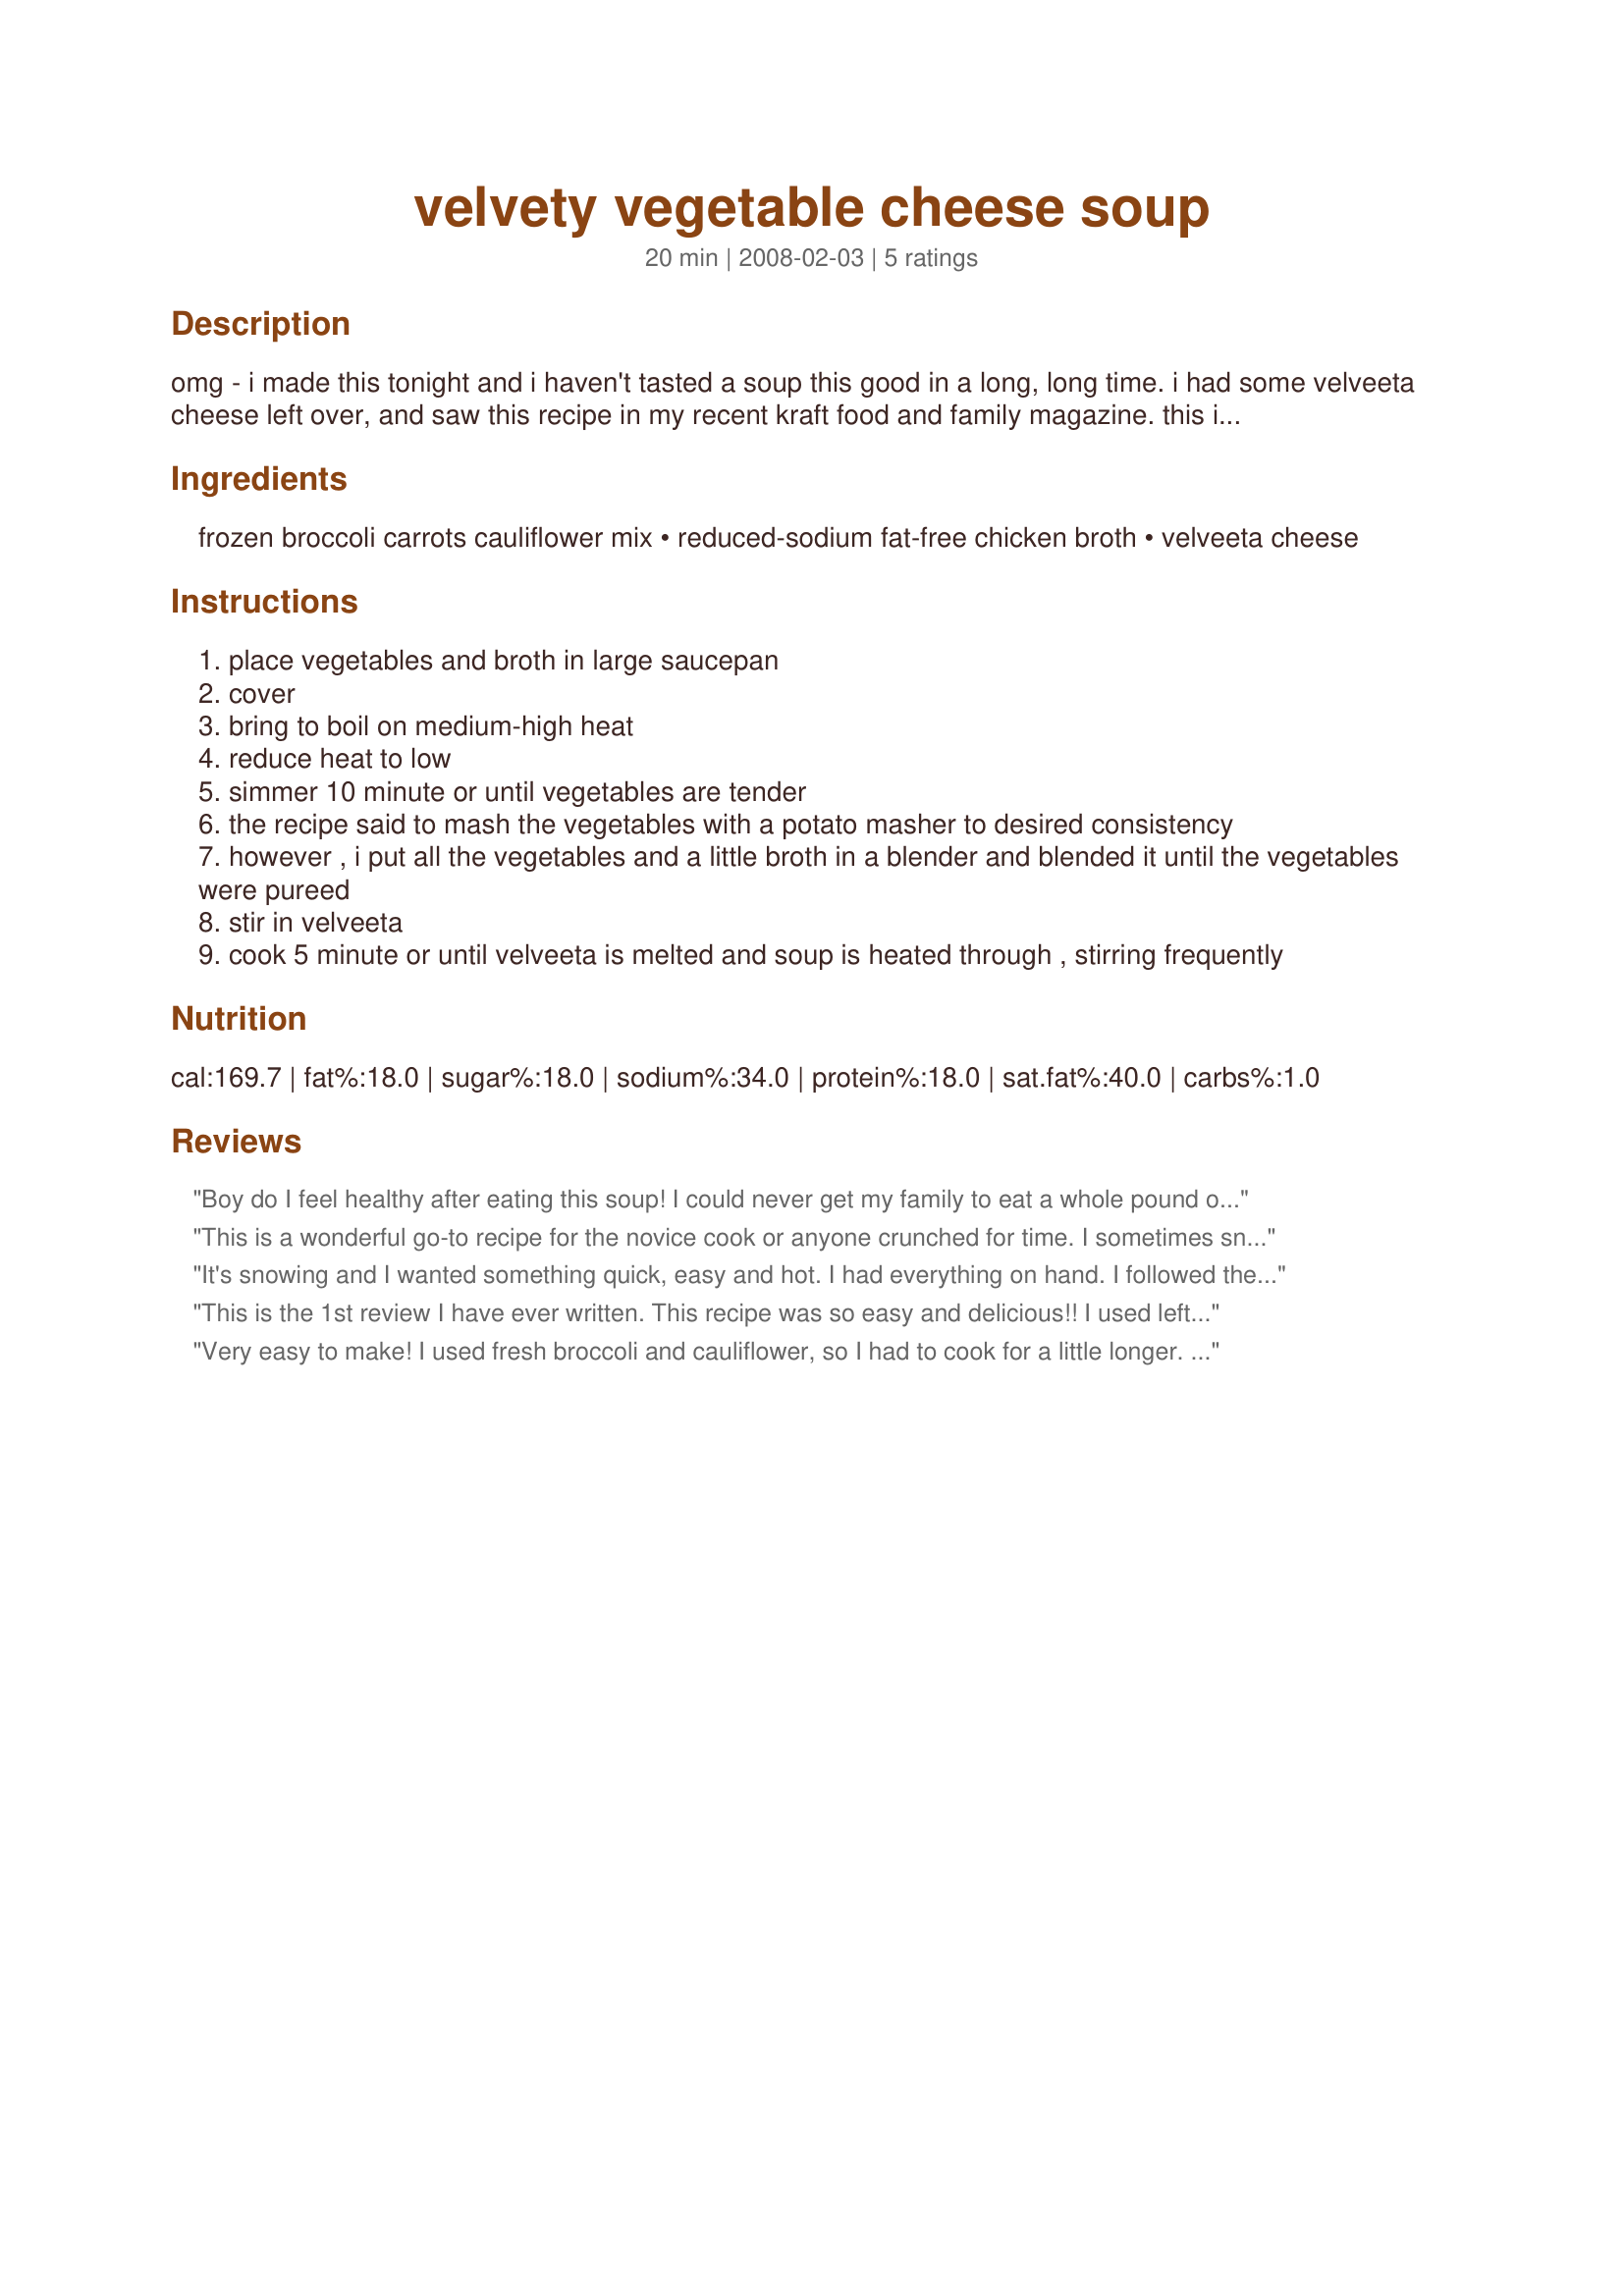
velvety vegetable cheese soup
Preparation time: 20 minutes

omg - i made this tonight and i haven't tasted a soup this good in a long, long time. i had some velveeta cheese left over, and saw this recipe in my recent kraft food and family magazine. this is also so incredibly easy. try it....trust me....you will love it!

Ingredients:
frozen broccoli carrots cauliflower mix, reduced-sodium fat-free chicken broth, velveeta cheese

Steps:
place vegetables and broth in large saucepan
cover
bring to boil on medium-high heat
reduce heat to low
simmer 10 minute or until vegetables are tender
the recipe said to mash the vegetables with a potato masher to desired consistency
however , i put all the vegetables and a little broth in a blender and blended it until the vegetables were pureed
stir in velveeta
cook 5 minute or until velveeta is melted and soup is heated through , stirring frequently

Reviews:
Boy do I feel healthy after eating this soup! I could never get my family to eat a whole pound of vegetables served plain, but they gobbled this down. This is an easy recipe to put together quickly. I'd been waiting for a cold night to make it and I got one. It's rainy and cold and a perfect soup night. I served this with homemade French bread. I made the cheese cubes about 1" and would make them smaller next time as they didn't melt quite as easily as I would have liked. I used vegetable broth to make this vegetarian as well. I used my immersion blender to make it nice and smooth - right there in the same pot. Thanks for a great recipe!
This is a wonderful go-to recipe for the novice cook or anyone crunched for time. I sometimes sneak in some asparagus spears too. Try serving this soup with some chopped chives and breadsticks.
It's snowing and I wanted something quick, easy and hot. I had everything on hand. I followed the recipe exactly as written. I used my potato masher. This was good but I would have liked it a bit thicker. I also added a good bit of pepper and some salt.
This is the 1st review I have ever written. This recipe was so easy and delicious!! I used leftover broccoli/cauliflower/carrots with homemade chicken broth and used the blender method suggested. The soup turned out a wonderful consistency and all of my family loved it, even my 4 yo, 2 yo and 15 mo. I will definitely be making this again. Much better than canned cream of broccoli soup!
Very easy to make! I used fresh broccoli and cauliflower, so I had to cook for a little longer. I added chopped onion for extra flavor, and was happy I did. I used my immersion blender to blend. The velveeta does thicken it a bit, but not much. This is a great quick-fix when you're craving a cheesey creamy soup. Thanx!
